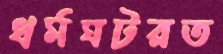
ধর্মঘটরত